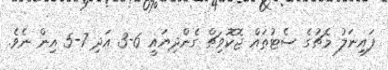
ފައިނަލު މެޗުގެ ސެޓުތައް ޖޮކޮވިޗް ގެންދިޔައީ 6-3 އަދި 7-5 އިން ނެވެ.